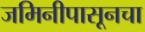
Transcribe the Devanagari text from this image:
जमिनीपासूनचा